Annual report of the Punjab Veterinary College and of the Civil Veterinary Department, Punjab - 1926-1932
Year: 1926
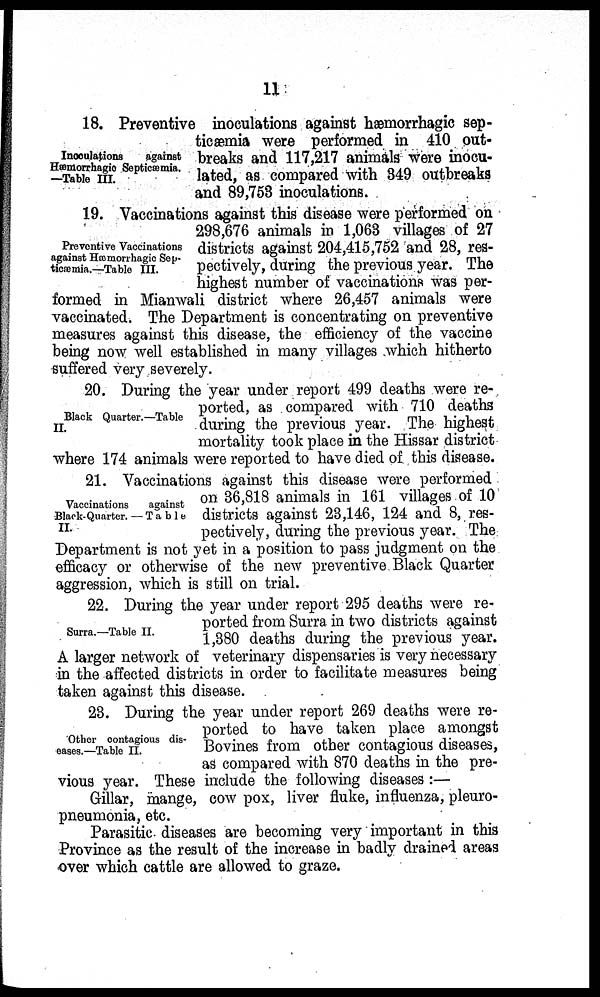
11
Inoculations
against
Hæmorrhgic Septicæmia.
—Table III.
18. Preventive inoculations against hæmorrhagic sep-
ticæmia were performed in 410 out-
breaks and 117,217 animals were inocu-
lated, as compared with 349 outbreaks
and 89,758 inoculations.
Preventive Vaccinations
against Hæmorrhagic Sep-
ttæmia.—Table III.
19. Vaccinations against this disease were performed on
298,676 animals in 1,063 villages of 27
districts against 204,415,752 and 28, res-
pectively, during the previous year. The
highest number of vaccinations was per-
formed in Mianwali district where 26,457 animals were
vaccinated. The Department is concentrating on preventive
measures against this disease, the efficiency of the vaccine
being now well established in many villages which hitherto
suffered very severely.
Black Quarter.—Table
II.
20. During the year under report 499 deaths were re-
ported, as compared with 710 deaths
during the previous year. The highest
mortality took place in the Hissar district
where 174 animals were reported to have died of this disease.
Vaccinations
against
Black- Quarter. —Table
II.
21. Vaccinations against this disease were performed
on 36,818 animals in 161 villages of 10
districts against 23,146, 124 and 8, res-
pectively, during the previous year. The
Department is not yet in a position to pass judgment on the
efficacy or otherwise of the new preventive Black Quarter
aggression, which is still on trial.
Surra.—Table II.
22. During the year under report 295 deaths were re-
ported from Surra in two districts against
1,380 deaths during the previous year.
A larger network of veterinary dispensaries is very necessary
in the affected districts in order to facilitate measures being
taken against this disease.
Other contagious dis-
eases.—Table II.
23. During the year under report 269 deaths were re-
ported to have taken place amongst
Bovines from other contagious diseases,
as compared with 870 deaths in the pre-
vious year. These include the following diseases:—
Gillar, mange, cow pox, liver fluke, influenza, pleuro-
pneumonia, etc.
Parasitic diseases are becoming very important in this
Province as the result of the increase in badly drained areas
over which cattle are allowed to graze.